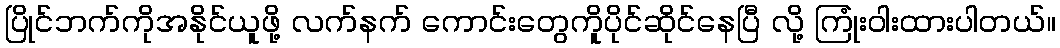
ပြိုင်ဘက်ကိုအနိုင်ယူဖို့ လက်နက် ကောင်းတွေကိူပိုင်ဆိုင်နေပြီ လို့ ကြုံးဝါးထားပါတယ်။